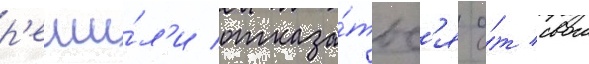
р'еши́л'и отказа́тьс'я о́т свои